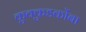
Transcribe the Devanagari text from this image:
कुक्कुडकोंबा